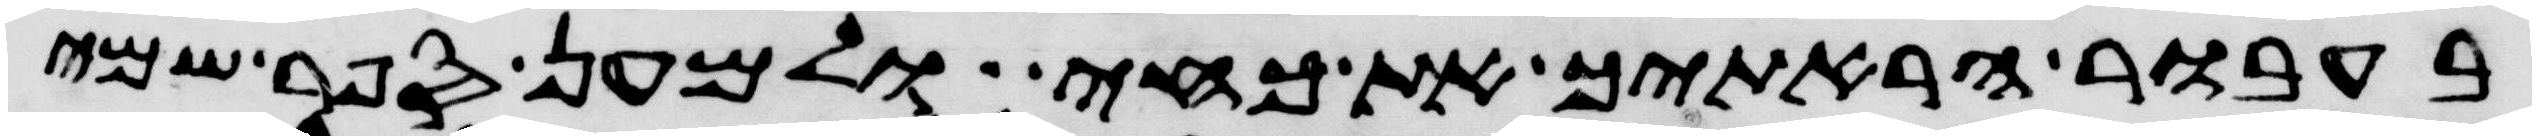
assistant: בעבור הראתיך את כחי ולמען ספר שמי